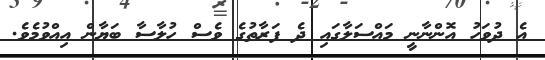
އެ ދުވަހު އޮންނާނީ މައްސަލާގައި ދެ ފަރާތުގެ ވެސް ހުލާސާ ބަޔާން އިއްވުމެވެ.